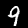
Label: 9